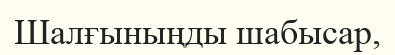
Шалғыныңды шабысар,